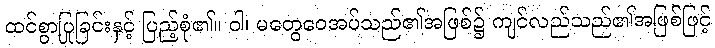
ထင်စွာပြုခြင်းနှင့် ပြည့်စုံ၏။ ဝါ၊ မတွေဝေအပ်သည်၏အဖြစ်၌ ကျင်လည်သည်၏အဖြစ်ဖြင့်